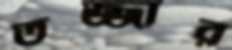
তজ্জার